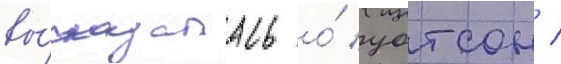
вы́сказалась о́ уотсон /